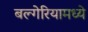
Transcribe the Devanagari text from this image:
बल्गेरियामध्ये